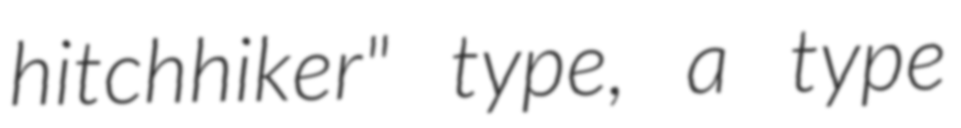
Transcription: hitchhiker" type, a type